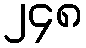
၂၄၈